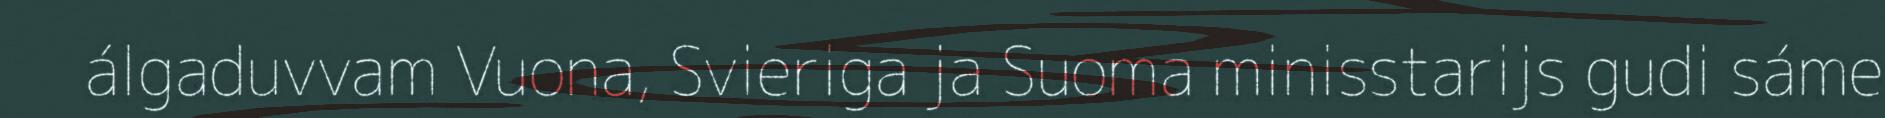
álgaduvvam Vuona, Svieriga ja Suoma minisstarijs gudi sáme